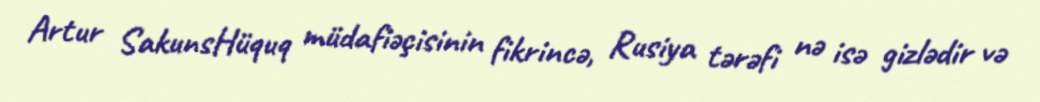
Artur SakunsHüquq müdafiəçisinin fikrincə, Rusiya tərəfi nə isə gizlədir və